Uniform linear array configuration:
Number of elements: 16
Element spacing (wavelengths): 1
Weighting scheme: binomial
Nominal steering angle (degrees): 30
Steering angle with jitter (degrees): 30.139
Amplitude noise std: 0.05
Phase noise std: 0.05

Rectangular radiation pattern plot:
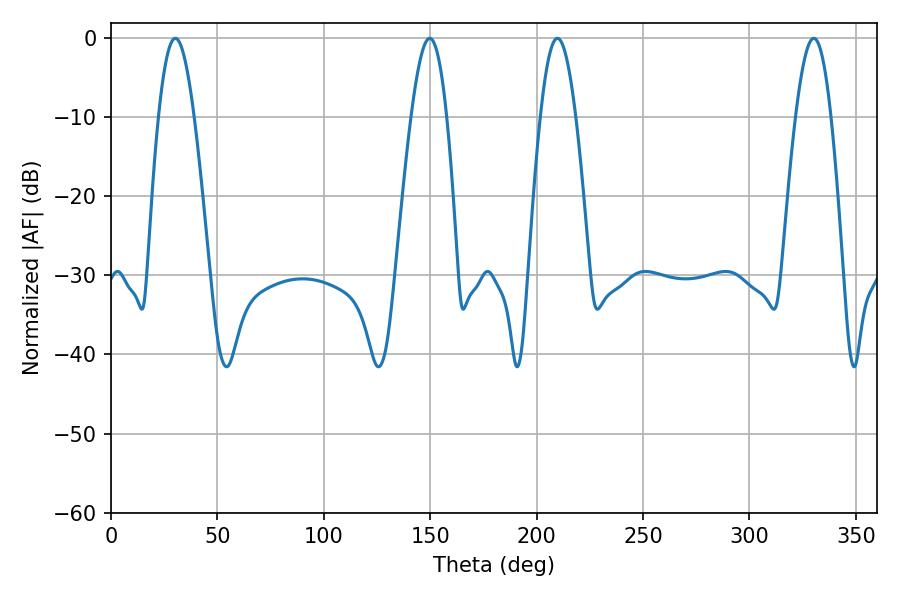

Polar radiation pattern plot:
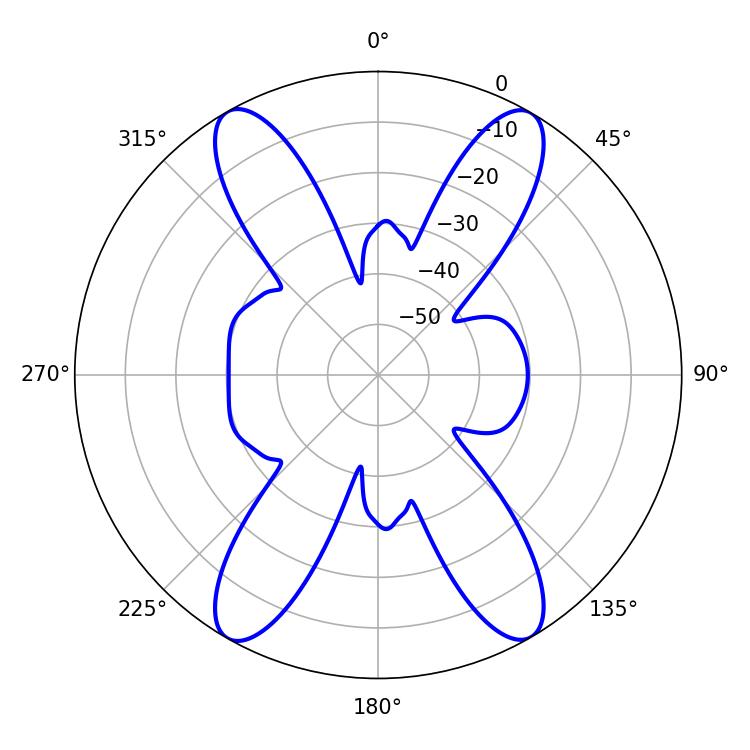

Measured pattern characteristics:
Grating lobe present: TRUE
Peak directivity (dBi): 27.56
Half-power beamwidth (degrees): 9
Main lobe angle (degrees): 30.24